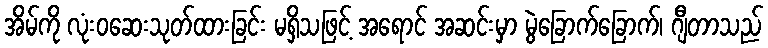
အိမ်ကို လုံးဝဆေးသုတ်ထားခြင်း မရှိသဖြင့် အရောင် အဆင်းမှာ မွဲခြောက်ခြောက်၊ ဂျီတာသည်